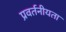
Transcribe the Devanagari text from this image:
प्रवर्तनीयता